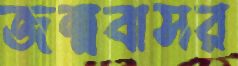
জন্মবাসর